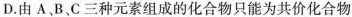
D.由A、B、C三种元素组成的化合物只能为共价化合物